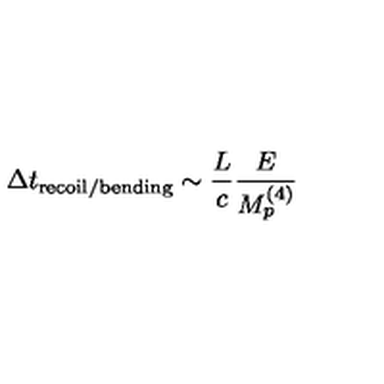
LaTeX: \Delta t _ { \mathrm { r e c o i l / b e n d i n g } } \sim \frac { L } { c } \frac { E } { M _ { p } ^ { ( 4 ) } }